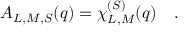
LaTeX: { \cal A } _ { L , M , S } ( q ) = \chi _ { L , M } ^ { ( S ) } ( q ) \quad .